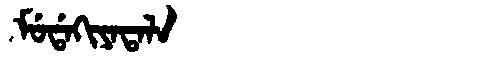
Manchu: ᠮᡠᡩᠠᡴᡳᠶᠠᡨᠠᠯᠠ
Romanization: MUDAKIYATALA